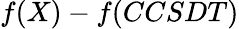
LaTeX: f(X)-f(CCSDT)